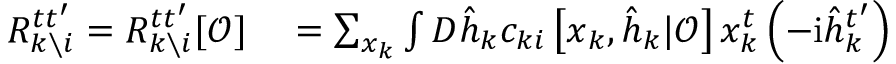
\begin{array} { r l } { R _ { k \setminus i } ^ { t t ^ { \prime } } = R _ { k \setminus i } ^ { t t ^ { \prime } } [ \boldsymbol { \mathcal { O } } ] } & { { } = \sum _ { \boldsymbol { x } _ { k } } \int D \hat { \boldsymbol { h } } _ { k } c _ { k i } \left[ \boldsymbol { x } _ { k } , \hat { \boldsymbol { h } } _ { k } | \boldsymbol { \mathcal { O } } \right] x _ { k } ^ { t } \left( - \mathrm { i } \hat { h } _ { k } ^ { t ^ { \prime } } \right) } \end{array}